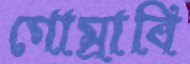
গোম্‌রাবি